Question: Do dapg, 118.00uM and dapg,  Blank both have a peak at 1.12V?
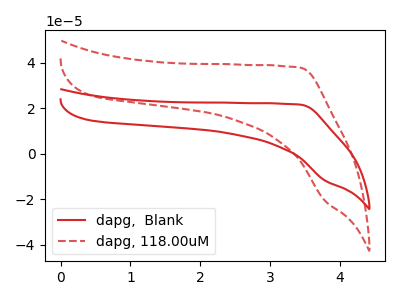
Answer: <think>The red curve "dapg,  Blank" has no peaks. The red dashed curve "dapg, 118.00uM" has no peaks.</think>
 <answer>No, "dapg, 118.00uM" and "dapg,  Blank" dont share a peak at 1.12V.</answer>
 <eval>mismatch</eval>